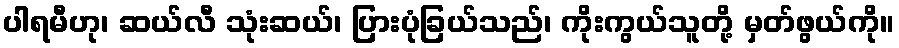
ပါရမီဟု၊ ဆယ်လီ သုံးဆယ်၊ ပြားပုံခြယ်သည်၊ ကိုးကွယ်သူတို့ မှတ်ဖွယ်ကို။